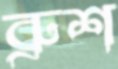
ব্রুশ